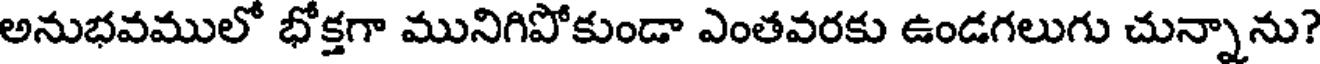
అనుభవములో భోక్తగా మునిగిపోకుండా ఎంతవరకు ఉండగలుగు చున్నాను?